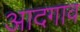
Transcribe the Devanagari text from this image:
आदगाव